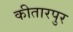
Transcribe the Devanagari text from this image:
कीतारपुर